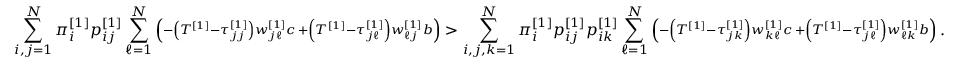
\sum _ { i , j = 1 } ^ { N } \pi _ { i } ^ { \left[ 1 \right] } p _ { i j } ^ { \left[ 1 \right] } \sum _ { \ell = 1 } ^ { N } \left( \substack { - \left( T ^ { \left[ 1 \right] } - \tau _ { j j } ^ { \left[ 1 \right] } \right) w _ { j \ell } ^ { \left[ 1 \right] } c \, + \left( T ^ { \left[ 1 \right] } - \tau _ { j \ell } ^ { \left[ 1 \right] } \right) w _ { \ell j } ^ { \left[ 1 \right] } b } \right) > \sum _ { i , j , k = 1 } ^ { N } \pi _ { i } ^ { \left[ 1 \right] } p _ { i j } ^ { \left[ 1 \right] } p _ { i k } ^ { \left[ 1 \right] } \sum _ { \ell = 1 } ^ { N } \left( \substack { - \left( T ^ { \left[ 1 \right] } - \tau _ { j k } ^ { \left[ 1 \right] } \right) w _ { k \ell } ^ { \left[ 1 \right] } c \, + \left( T ^ { \left[ 1 \right] } - \tau _ { j \ell } ^ { \left[ 1 \right] } \right) w _ { \ell k } ^ { \left[ 1 \right] } b } \right) .